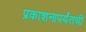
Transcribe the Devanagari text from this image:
प्रकाशनापर्यंतची